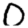
Digit: 0